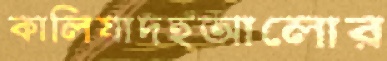
কালিয়াদহআলোর